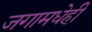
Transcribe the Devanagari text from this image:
जगामधेही